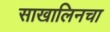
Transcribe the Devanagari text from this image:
साखालिनचा